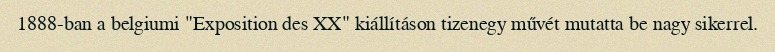
1888-ban a belgiumi "Exposition des XX" kiállításon tizenegy művét mutatta be nagy sikerrel.